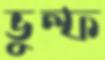
ভুল্ফ